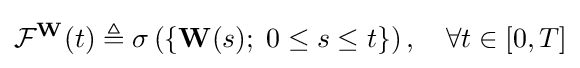
{\mathcal {F}}^{\mathbf {W} }(t)\triangleq \sigma \left(\{\mathbf {W} (s);\;0\leq s\leq t\}\right),\quad \forall t\in [0,T]